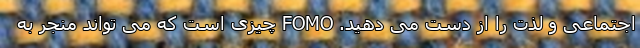
اجتماعی و لذت را از دست می دهید. FOMO چیزی است که می تواند منجر به